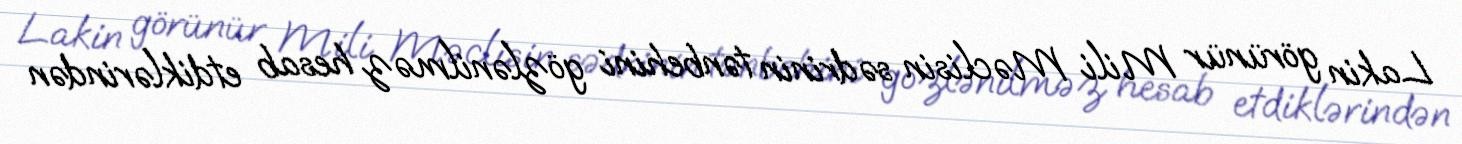
Lakin görünür Mili Məclisin sədrinin tənbehini gözlənilməz hesab etdiklərindən